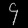
Digit: ၄